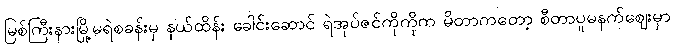
မြစ်ကြီးနားမြို့မရဲစခန်းမှ နယ်ထိန်း ခေါင်းဆောင် ရဲအုပ်ဇင်ကိုကိုက မိတာကတော့ စီတာပူမနက်ဈေးမှာ